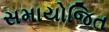
સમાયોજિત